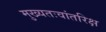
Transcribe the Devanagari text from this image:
मुख्‍यतःवांतरिक्ष